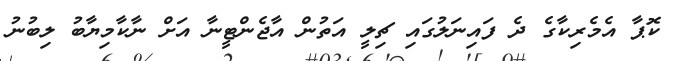
ކޮޕާ އެމެރިކާގެ ދެ ފައިނަލުގައި ޗިލީ އަތުން އާޖެންޓީނާ އަށް ނާކާމިޔާބު ލިބުނު